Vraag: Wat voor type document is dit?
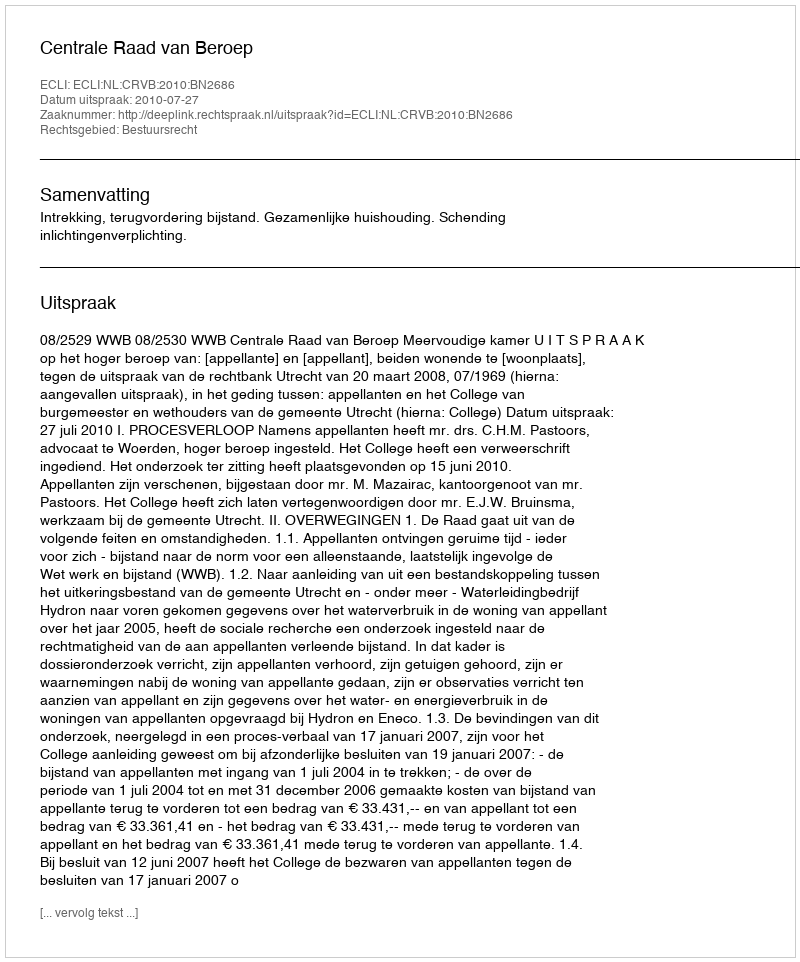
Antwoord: Uitspraak